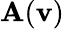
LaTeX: \mathbf{A}(\mathbf{v})